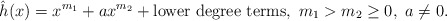
\begin{align*}\hat h(x)=x^{m_1}+ax^{m_2} + \textnormal{lower degree terms}, \ m_1>m_2\geq 0, \ a\neq 0. \end{align*}